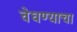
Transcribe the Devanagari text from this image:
वेधण्याचा